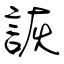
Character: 詼